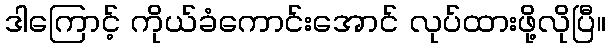
ဒါကြောင့် ကိုယ်ခံကောင်းအောင် လုပ်ထားဖို့လိုပြီ။